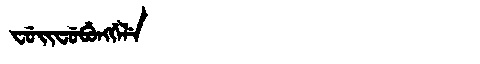
Manchu: ᠸᡠᡳᠸᡠᠪᡠᠩᡤᡝᠯᡝ
Romanization: FUIFUBUNGGELE